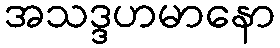
အသဒ္ဒဟမာနော